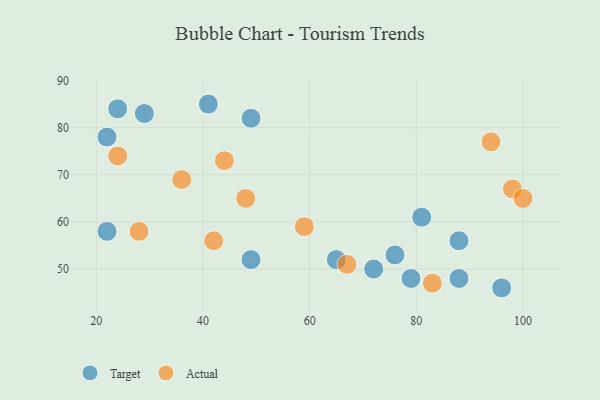
{"axis": {"x": "GDP", "y": "Life Expectancy"}, "legend": ["Actual", "Target"], "data": [{"x": "49", "y": 52, "type": "Target"}, {"x": "22", "y": 58, "type": "Target"}, {"x": "41", "y": 85, "type": "Target"}, {"x": "22", "y": 78, "type": "Target"}, {"x": "88", "y": 56, "type": "Target"}, {"x": "88", "y": 48, "type": "Target"}, {"x": "49", "y": 82, "type": "Target"}, {"x": "65", "y": 52, "type": "Target"}, {"x": "96", "y": 46, "type": "Target"}, {"x": "24", "y": 84, "type": "Target"}, {"x": "79", "y": 48, "type": "Target"}, {"x": "81", "y": 61, "type": "Target"}, {"x": "72", "y": 50, "type": "Target"}, {"x": "76", "y": 53, "type": "Target"}, {"x": "29", "y": 83, "type": "Target"}, {"x": "44", "y": 73, "type": "Actual"}, {"x": "36", "y": 69, "type": "Actual"}, {"x": "83", "y": 47, "type": "Actual"}, {"x": "67", "y": 51, "type": "Actual"}, {"x": "42", "y": 56, "type": "Actual"}, {"x": "98", "y": 67, "type": "Actual"}, {"x": "48", "y": 65, "type": "Actual"}, {"x": "100", "y": 65, "type": "Actual"}, {"x": "28", "y": 58, "type": "Actual"}, {"x": "59", "y": 59, "type": "Actual"}, {"x": "94", "y": 77, "type": "Actual"}, {"x": "24", "y": 74, "type": "Actual"}]}